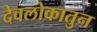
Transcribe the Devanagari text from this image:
देवलोकातुन